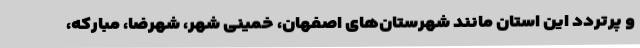
و پرتردد این استان مانند شهرستان‌های اصفهان، خمینی شهر، شهرضا، مبارکه،